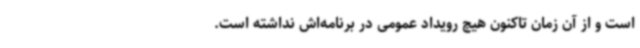
است و از آن زمان تاکنون هیچ رویداد عمومی در برنامه‌اش نداشته است.